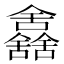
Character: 𠑰